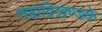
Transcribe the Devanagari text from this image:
सह्यद्रिखण्डके